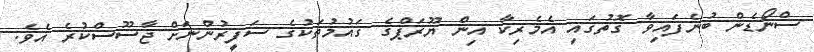
ސްނޯޑެން ބުނެފައިވާ ގޮތުގައި އެމެރިކާ އިން ޔޫރަޕްގެ ގައުމުތަކުގެ ސަފީރުންނަށް ޖާސޫސްކުރެ އެވެ.